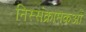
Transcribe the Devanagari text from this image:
निस्संक्रामकओं